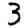
Digit: 3